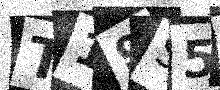
Text: T19S5D